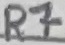
Text: R7